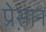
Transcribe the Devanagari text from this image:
प्रेस़ान